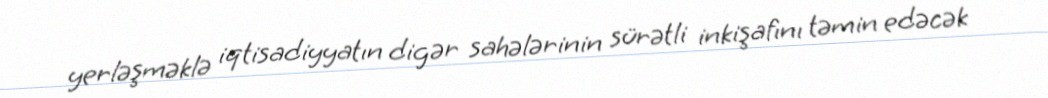
yerləşməklə iqtisadiyyatın digər sahələrinin sürətli inkişafını təmin edəcək